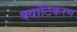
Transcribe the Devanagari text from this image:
क्वांटिकरण